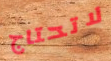
لاتحتاج